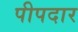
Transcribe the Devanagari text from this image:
पीपदार